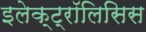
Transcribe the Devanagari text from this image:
इलेक्ट्रॉलिसिस